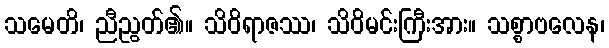
သမေတိ၊ ညီညွတ်၏။ သိဝိရာဇဿ၊ သိဝိမင်းကြီးအား။ သစ္စာဗလေန၊